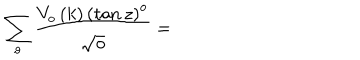
LaTeX: \sum _ { o } \frac { V _ { o } \left( k \right) \left( \tan z \right) ^ { o } } { \sqrt { o } } =